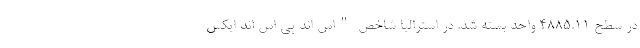
در سطح ۴۸۸۵.۱۱ واحد بسته شد. در استرالیا شاخص "اس اند پی اس اند ایکس